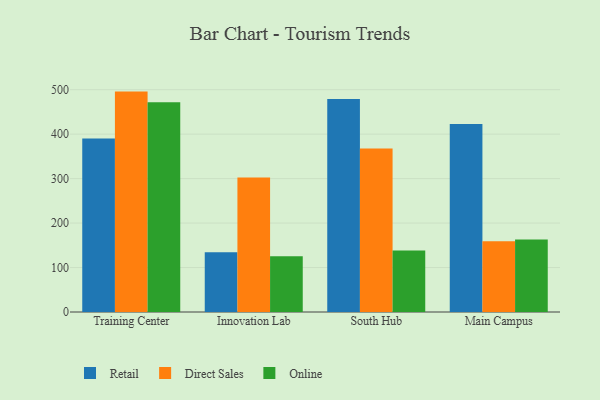
{"axis": {"x": "Campus", "y": "Revenue (USD Million)"}, "legend": ["Direct Sales", "Online", "Retail"], "data": [{"x": "Training Center", "y": 390.2, "type": "Retail"}, {"x": "Training Center", "y": 495.7, "type": "Direct Sales"}, {"x": "Training Center", "y": 471.5, "type": "Online"}, {"x": "Innovation Lab", "y": 134.6, "type": "Retail"}, {"x": "Innovation Lab", "y": 302.6, "type": "Direct Sales"}, {"x": "Innovation Lab", "y": 125.2, "type": "Online"}, {"x": "South Hub", "y": 479.1, "type": "Retail"}, {"x": "South Hub", "y": 367.8, "type": "Direct Sales"}, {"x": "South Hub", "y": 138.3, "type": "Online"}, {"x": "Main Campus", "y": 423.0, "type": "Retail"}, {"x": "Main Campus", "y": 159.0, "type": "Direct Sales"}, {"x": "Main Campus", "y": 162.8, "type": "Online"}]}